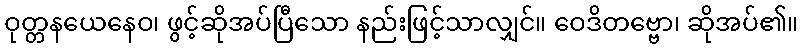
ဝုတ္တနယေနေဝ၊ ဖွင့်ဆိုအပ်ပြီသော နည်းဖြင့်သာလျှင်။ ဝေဒိတဗ္ဗော၊ ဆိုအပ်၏။